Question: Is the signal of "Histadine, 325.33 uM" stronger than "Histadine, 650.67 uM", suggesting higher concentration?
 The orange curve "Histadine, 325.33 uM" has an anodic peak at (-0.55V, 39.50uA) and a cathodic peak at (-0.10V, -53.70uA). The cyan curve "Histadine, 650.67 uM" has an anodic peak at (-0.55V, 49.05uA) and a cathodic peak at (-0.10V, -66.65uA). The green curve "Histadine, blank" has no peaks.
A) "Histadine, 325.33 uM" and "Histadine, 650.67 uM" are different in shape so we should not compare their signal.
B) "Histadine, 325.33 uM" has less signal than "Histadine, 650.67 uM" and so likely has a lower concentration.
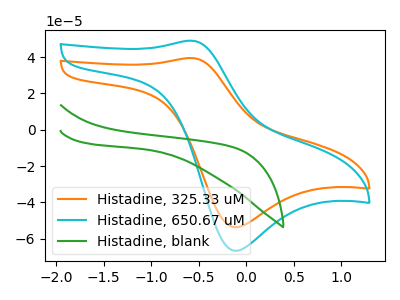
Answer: <think>All the peaks in "Histadine, 325.33 uM" have a peak in "Histadine, 650.67 uM" at the same potential. Every peak in "Histadine, 325.33 uM" is lower than every peak in "Histadine, 650.67 uM".
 </think>
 <answer>B) "Histadine, 325.33 uM" has less signal than "Histadine, 650.67 uM" and so likely has a lower concentration.</answer>
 <eval>B</eval>